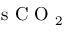
\mathrm { ~ s ~ C ~ O ~ } _ { 2 }